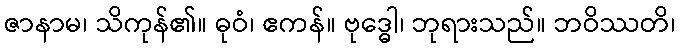
ဇာနာမ၊ သိကုန်၏။ ဓုဝံ၊ ဧကန်။ ဗုဒ္ဓေါ၊ ဘုရားသည်။ ဘဝိဿတိ၊